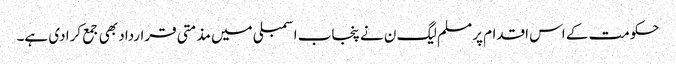
حکومت کے اس اقدام پر مسلم لیگ ن نے پنجاب اسمبلی میں مذمتی قرارداد بھی جمع کرا دی ہے۔